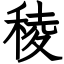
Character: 稜